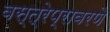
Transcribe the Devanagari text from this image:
वस्त्रेप्रावरणे